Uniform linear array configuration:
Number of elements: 16
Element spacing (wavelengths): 1
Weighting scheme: blackman
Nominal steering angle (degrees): -45
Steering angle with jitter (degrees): -46.409
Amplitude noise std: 0.05
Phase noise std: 0.05

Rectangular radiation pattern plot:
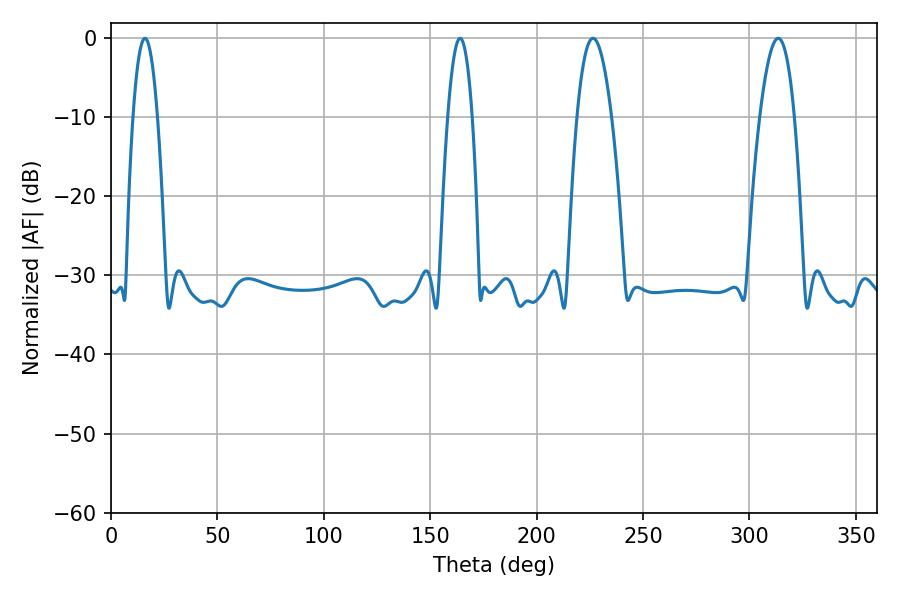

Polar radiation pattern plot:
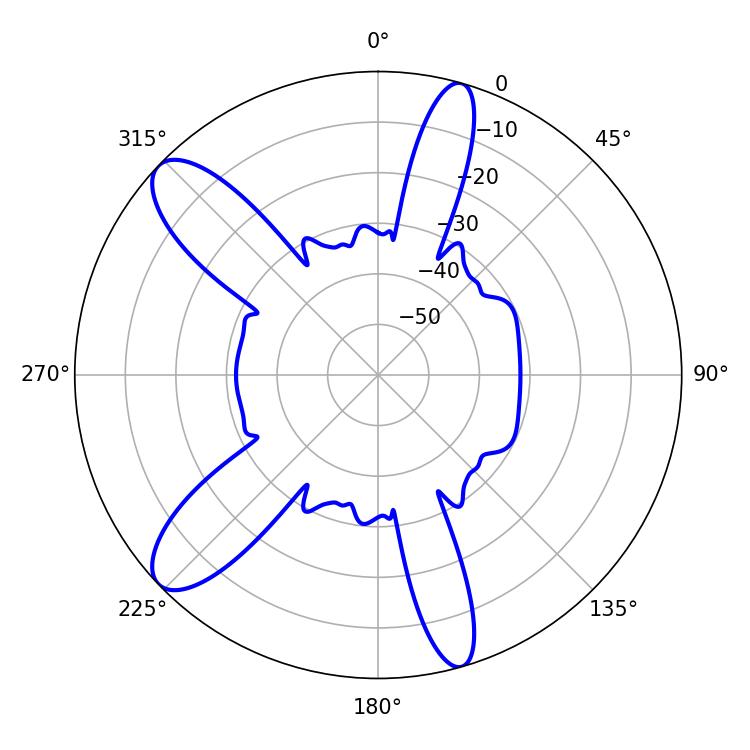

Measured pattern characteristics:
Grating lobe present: TRUE
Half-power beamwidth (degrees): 9
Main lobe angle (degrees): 226.44